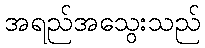
အရည်အသွေးသည်